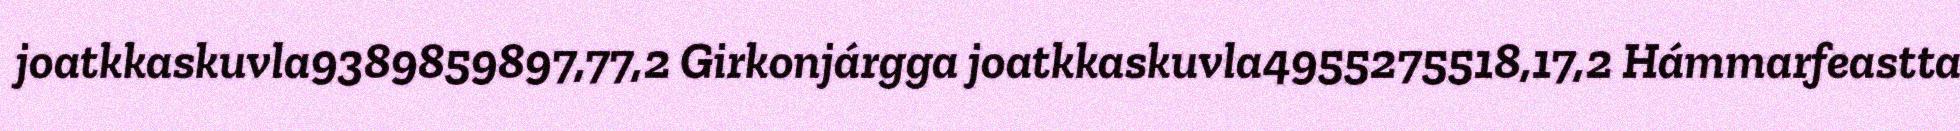
joatkkaskuvla9389859897,77,2 Girkonjárgga joatkkaskuvla4955275518,17,2 Hámmarfeastta